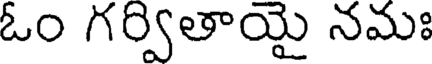
ఓం గర్వితాయై నమః